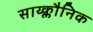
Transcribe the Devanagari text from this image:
साय्क्लौनिक